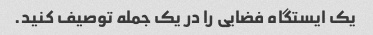
یک ایستگاه فضایی را در یک جمله توصیف کنید.